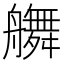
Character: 䒉